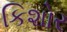
કિશોર